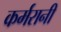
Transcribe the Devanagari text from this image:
कर्मरानी